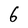
Character: 6